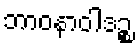
ဘာဝနာဝါဒဉ္စ